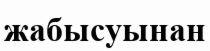
жабысуынан